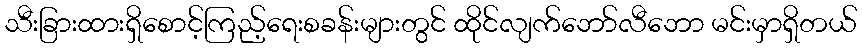
သီးခြားထားရှိစောင့်ကြည့်ရေးစခန်းများတွင် ထိုင်လျက်ဘော်လီဘော မင်းမှာရှိတယ်